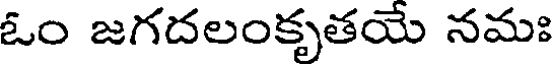
ఓం జగదలంకృతయే నమః